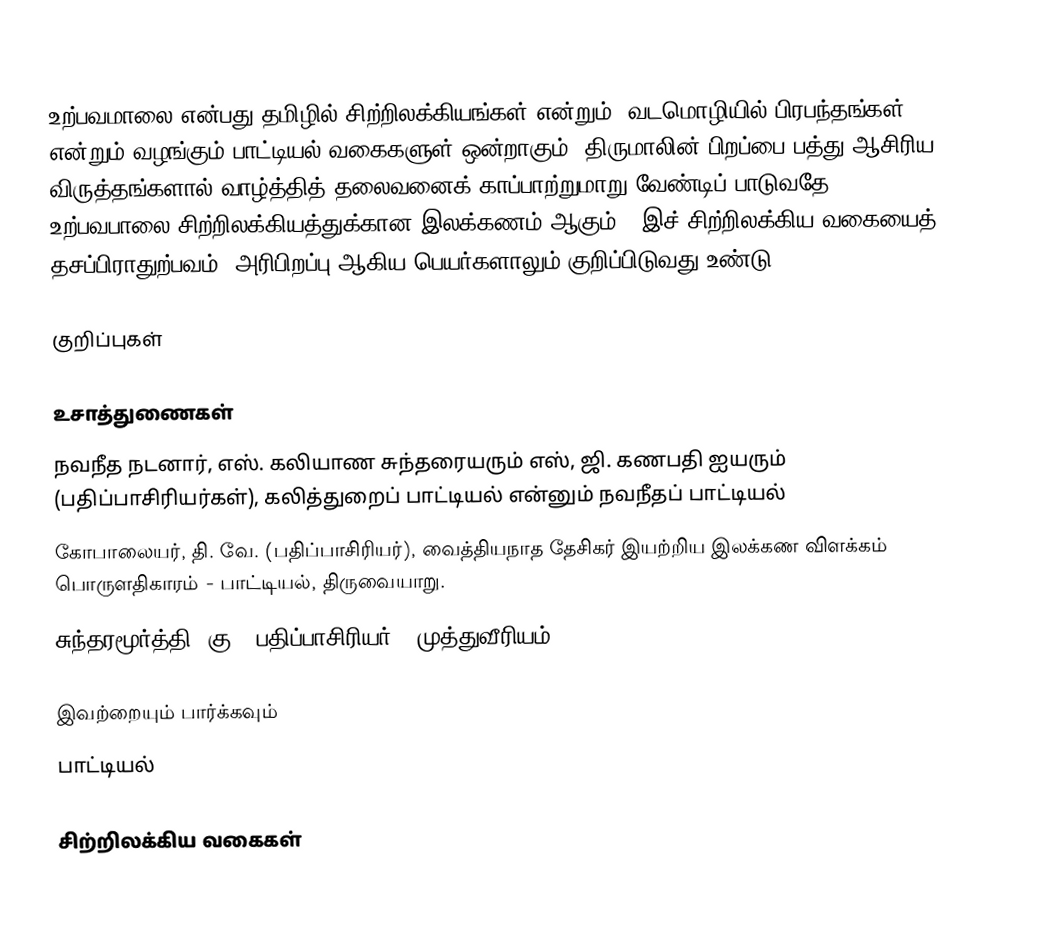
உற்பவமாலை என்பது தமிழில் சிற்றிலக்கியங்கள் என்றும், வடமொழியில் பிரபந்தங்கள் என்றும் வழங்கும் பாட்டியல் வகைகளுள் ஒன்றாகும். திருமாலின் பிறப்பை பத்து ஆசிரிய விருத்தங்களால் வாழ்த்தித் தலைவனைக் காப்பாற்றுமாறு வேண்டிப் பாடுவதே உற்பவபாலை சிற்றிலக்கியத்துக்கான இலக்கணம் ஆகும்.. இச் சிற்றிலக்கிய வகையைத் தசப்பிராதுற்பவம், அரிபிறப்பு ஆகிய பெயர்களாலும் குறிப்பிடுவது உண்டு.

குறிப்புகள்

உசாத்துணைகள்
 நவநீத நடனார், எஸ். கலியாண சுந்தரையரும் எஸ், ஜி. கணபதி ஐயரும் (பதிப்பாசிரியர்கள்), கலித்துறைப் பாட்டியல் என்னும் நவநீதப் பாட்டியல்
 கோபாலையர், தி. வே. (பதிப்பாசிரியர்), வைத்தியநாத தேசிகர் இயற்றிய இலக்கண விளக்கம் பொருளதிகாரம் - பாட்டியல், திருவையாறு.
 சுந்தரமூர்த்தி, கு. (பதிப்பாசிரியர்), முத்துவீரியம்

இவற்றையும் பார்க்கவும்
 பாட்டியல்

சிற்றிலக்கிய வகைகள்